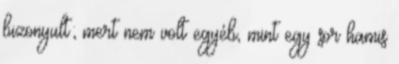
bizonyult; mert nem volt egyéb, mint egy sor hamis